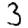
Digit: 3